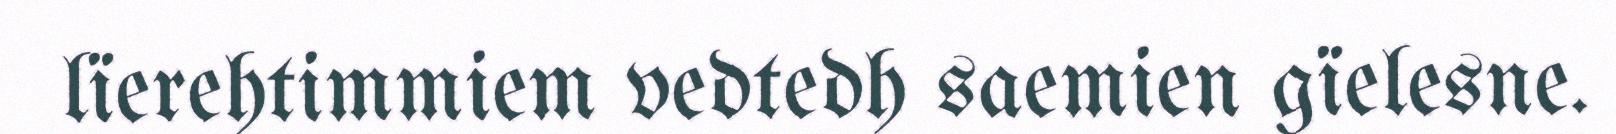
lïerehtimmiem vedtedh saemien gïelesne.